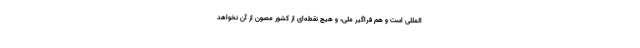
‌المللی است و هم فراگیر ملی، و هیچ نقطه‌ای از کشور مصون از آن نخواهد